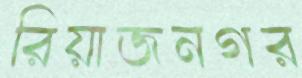
রিয়াজনগর